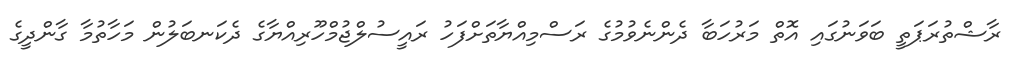
ރާޝްތުރަޕަތީ ބަވަނުގައި އޮތް މަރުހަބާ ދެންނެވުމުގެ ރަސްމިއްޔާތަށްފަހު ރައީސުލްޖުމްހޫރިއްޔާގެ ދެކަނބަލުން މަހާތުމާ ގާންދީގެ